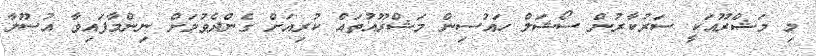
މި މަޝްރޫއަކީ ސަރުކާރުން ސޯޝަލް ހައުސިން މަޝްރޫއުތައް ކުރިއަށް ގެންދެވުމަށް ނިންމާފައިވާ އުސޫލާ